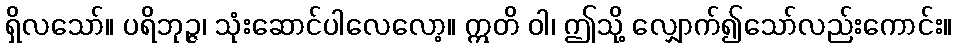
ရှိလသော်။ ပရိဘုဉ္ဇ၊ သုံးဆောင်ပါလေလော့။ ဣတိ ဝါ၊ ဤသို့ လျှောက်၍သော်လည်းကောင်း။